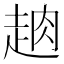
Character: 𧻣